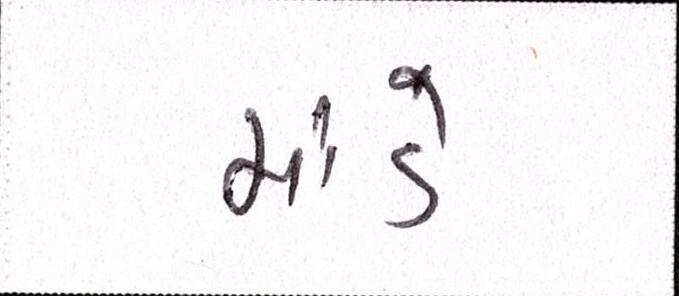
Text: માંડે